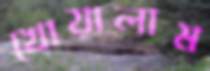
খোয়ালাম